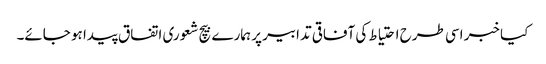
کیا خبر اسی طرح احتیاط کی آفاقی تدابیر پر ہمارے بیچ شعوری اتفاق پیدا ہو جائے۔